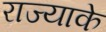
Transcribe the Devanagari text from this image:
राज्याके